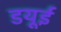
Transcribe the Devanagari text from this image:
डयूई